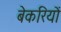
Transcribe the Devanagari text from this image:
बेकरियों